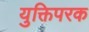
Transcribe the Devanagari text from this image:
युक्तिपरक